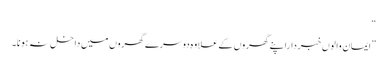
“
”ایمان والوں خبرداراپنے گھروں کے علاوہ دوسرے گھروں میں داخل نہ ہونا۔